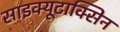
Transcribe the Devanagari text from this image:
साइक्यूटाक्सिन